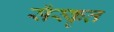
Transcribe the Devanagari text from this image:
सँस्कृत